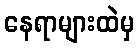
နေရာများထဲမှ